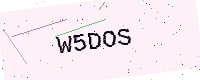
Text: W5DOS